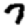
Digit: 7